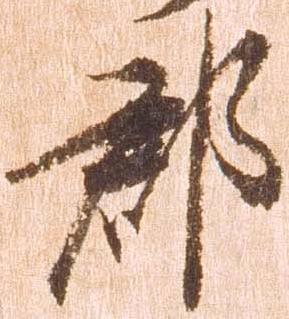
郡